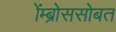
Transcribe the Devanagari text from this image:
ॲम्ब्रोससोबत